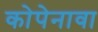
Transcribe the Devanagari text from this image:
कोपेनावा